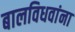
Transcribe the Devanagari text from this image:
बालविधवांना